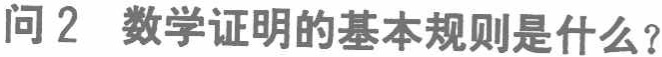
问2 数学证明的基本规则是什么？